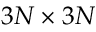
3 N \times 3 N